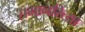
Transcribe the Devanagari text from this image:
समानरित्या